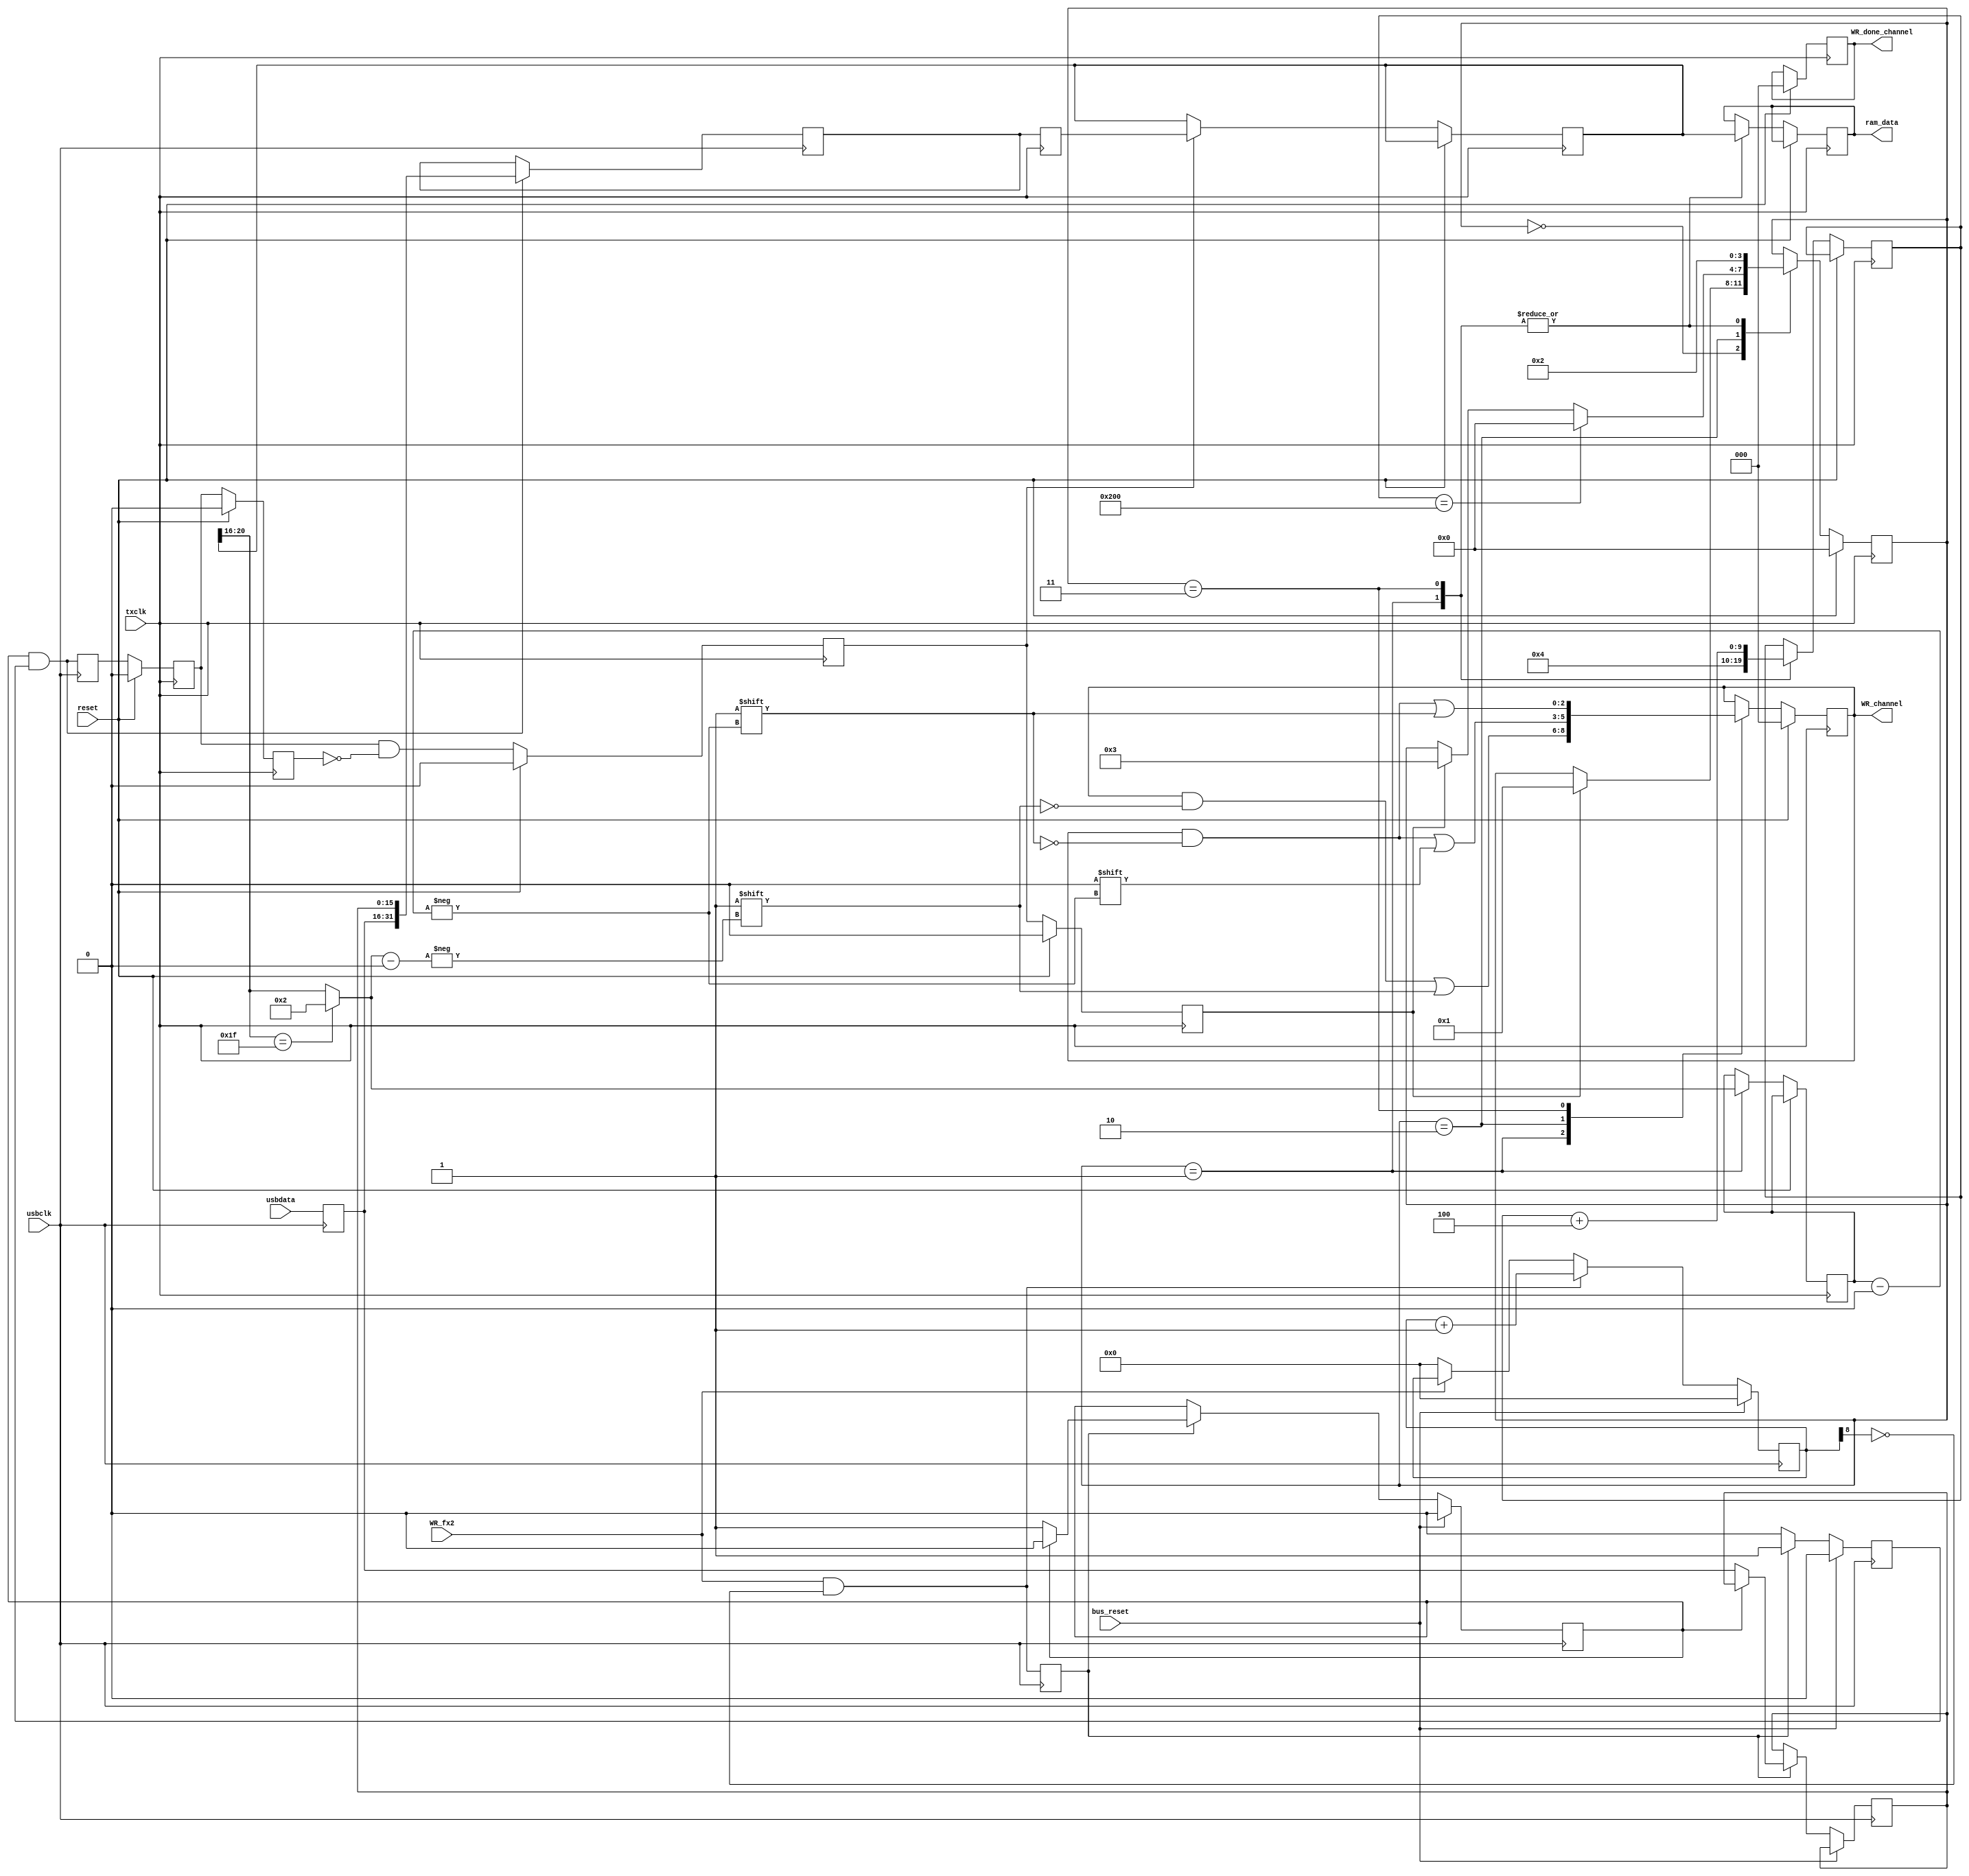
module usb_fifo_writer
   #(parameter BUS_WIDTH = 16,
     parameter NUM_CHAN = 2,
     parameter FIFO_WIDTH = 32)
   (     //FX2 Side
			input bus_reset, 
			input usbclk, 
			input WR_fx2, 
			input [15:0]usbdata,
			
			// TX Side
			input reset,
			input txclk,
			output reg [NUM_CHAN:0] WR_channel,
			output reg [FIFO_WIDTH-1:0] ram_data,
			output reg [NUM_CHAN:0] WR_done_channel );
   

	reg [8:0] write_count;

	/* Fix FX2 bug */
	always @(posedge usbclk)
    	if(bus_reset)        // Use bus reset because this is on usbclk
       		write_count <= #1 0;
    	else if(WR_fx2 & ~write_count[8])
    		write_count <= #1 write_count + 9'd1;
    	else
    		write_count <= #1 WR_fx2 ? write_count : 9'b0;

	reg WR_fx2_fixed;
	reg [15:0]usbdata_fixed;
	
	always @(posedge usbclk) 
	begin
	   WR_fx2_fixed <= WR_fx2 & ~write_count[8];
	   usbdata_fixed <= usbdata;
	end

	/* Used to convert 16 bits bus_data to the 32 bits wide fifo */
    reg                             word_complete ;
    reg     [BUS_WIDTH-1:0]         usbdata_delayed ;
    reg                             writing ;
	wire	[FIFO_WIDTH-1:0]		usbdata_packed ;    
	wire							WR_packed ;
   
    always @(posedge usbclk)
    begin
        if (bus_reset)
          begin
            word_complete <= 0 ;
            writing <= 0 ;
          end
        else if (WR_fx2_fixed)
          begin
            writing <= 1 ;
            if (word_complete)
                word_complete <= 0 ;
            else
              begin
                usbdata_delayed <= usbdata_fixed ;
                word_complete <= 1 ;
              end
          end
        else
            writing <= 0 ;
	end
    
	assign usbdata_packed = {usbdata_fixed, usbdata_delayed} ;
    assign WR_packed = word_complete & writing ;

	/* Make sure data are sync with usbclk */
 	reg [31:0]usbdata_usbclk;
	reg WR_usbclk; 
    
    always @(posedge usbclk)
    begin
    	if (WR_packed)
    		usbdata_usbclk <= usbdata_packed;
        WR_usbclk <= WR_packed;
    end

	/* Cross clock boundaries */
	reg [FIFO_WIDTH-1:0] usbdata_tx ;
	reg WR_tx;
    reg WR_1;
    reg WR_2;
	reg [31:0] usbdata_final;
	reg WR_final;
   
	always @(posedge txclk) usbdata_tx <= usbdata_usbclk;

    always @(posedge txclk) 
    	if (reset)
    		WR_1 <= 0;
    	else
       		WR_1 <= WR_usbclk;

    always @(posedge txclk) 
    	if (reset)
       		WR_2 <= 0;
    	else
      		WR_2 <= WR_1;

	always @(posedge txclk)
	begin
		if (reset)
			WR_tx <= 0;
		else
		   WR_tx <= WR_1 & ~WR_2;
	end
	
	always @(posedge txclk)
	begin
	   if (reset)
	      WR_final <= 0;
	   else
	   begin
	      WR_final <= WR_tx; 
	      if (WR_tx)
	         usbdata_final <= usbdata_tx;
	   end
	end
	     
	/* Parse header and forward to ram */
	reg [3:0]reader_state;
	reg [4:0]channel ;
	reg [9:0]read_length ;
	
	parameter IDLE = 4'd0;
	parameter HEADER = 4'd1;
	parameter WAIT = 4'd2;
	parameter FORWARD = 4'd3;
	
	`define CHANNEL 20:16
	`define PKT_SIZE 512
	
	always @(posedge txclk)
	begin
	    if (reset)
	      begin
	       reader_state <= 0;
	       WR_channel <= 0;
	       WR_done_channel <= 0;
	      end
	      else
	        case (reader_state)
	        IDLE: begin
	            if (WR_final)
	                reader_state <= HEADER; 
	            end
	       
            // Store channel and forware header
	        HEADER: begin
	            channel <= (usbdata_final[`CHANNEL] == 5'h1f ? NUM_CHAN : usbdata_final[`CHANNEL]) ;
	            WR_channel[(usbdata_final[`CHANNEL] == 5'h1f ? NUM_CHAN : usbdata_final[`CHANNEL])] <= 1;
				//channel <= usbdata_final[`CHANNEL] ;
	            //WR_channel[usbdata_final[`CHANNEL]] <= 1;
	            ram_data <= usbdata_final;
				read_length <= 10'd4 ;
				
                reader_state <= WAIT;
	        end
	       
	        WAIT: begin
	           WR_channel[channel] <= 0;
	
			   if (read_length == `PKT_SIZE)
	               reader_state <= IDLE;
	           else if (WR_final)
	               reader_state <= FORWARD;
	        end
	       
	        FORWARD: begin
	           WR_channel[channel] <= 1;
	           ram_data <= usbdata_final;
	           read_length <= read_length + 10'd4;
	           
	           reader_state <= WAIT;
	        end
	       endcase
	end
endmodule